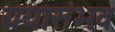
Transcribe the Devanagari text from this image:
ययासंभव